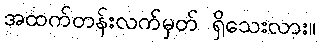
အထက်တန်းလက်မှတ် ရှိသေးလား။